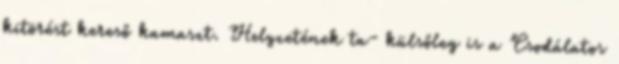
kitörést kereső kamaszt. Helyzetének ta- külsőleg is a Csodálatos